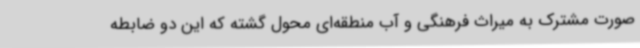
صورت مشترک به میراث فرهنگی و آب منطقه‌ای محول گشته که این دو ضابطه